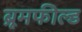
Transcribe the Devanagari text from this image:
ब्रूमफील्ड